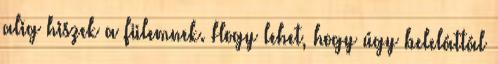
alig hiszek a fülemnek. Hogy lehet, hogy úgy beleláttál